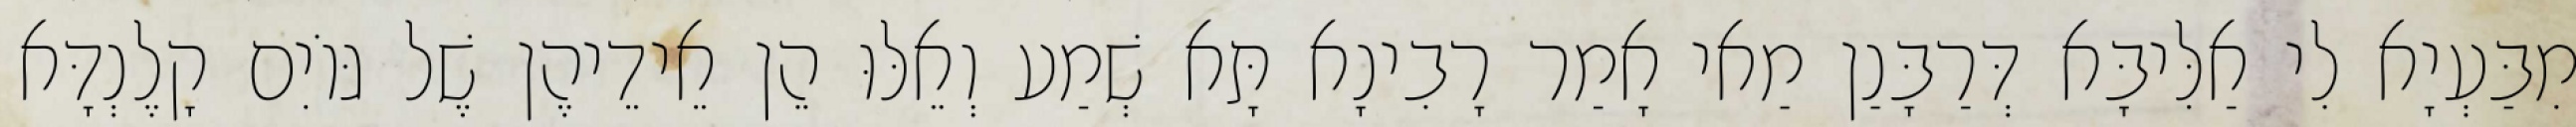
מִבַּעְיָא לִי אַלִּיבָּא דְּרַבָּנַן מַאי אָמַר רָבִינָא תָּא שְׁמַע וְאֵלּוּ הֵן אֵידֵיהֶן שֶׁל גּוֹיִם קָלֶנְדָּא